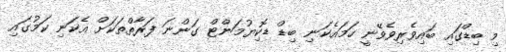
މި ބިޑްގައި ބައިވެރިވެވޭނީ ހަމައެކަނި ބިޑް ޑޮކިޔުމަންޓް ގަންނަ ފަރާތްތަކަށް އެކަނި ކަމުގައި